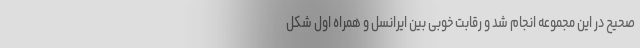
صحیح در این مجموعه انجام شد و رقابت خوبی بین ایرانسل و همراه اول شکل